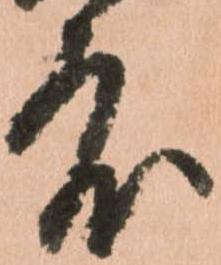
度